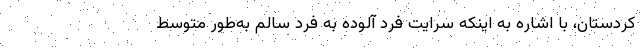
کردستان، با اشاره به اینکه سرایت فرد آلوده به فرد سالم به‌طور متوسط